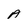
Character: A